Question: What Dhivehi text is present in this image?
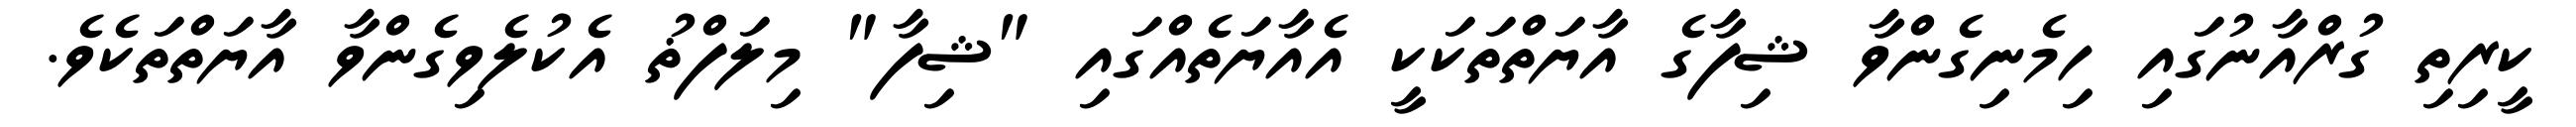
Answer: ކީރިތި ގުރްއާނުގައި ހިމެނިގެންވާ ޝިފާގެ އާޔަތްތަކަކީ އެއާޔަތެއްގައި "ޝިފާ" މިލަފްޡު އެކުލެވިގެންވާ އާޔަތްތަކެވެ.